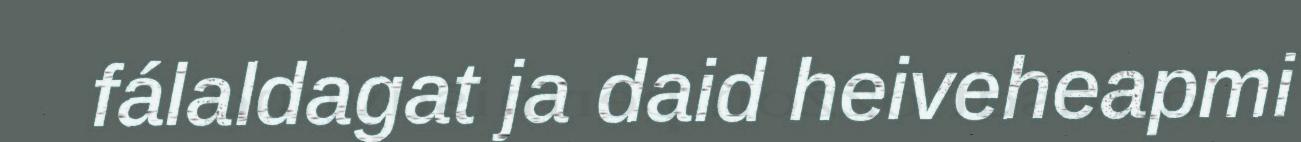
fálaldagat ja daid heiveheapmi